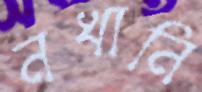
নখানি